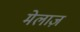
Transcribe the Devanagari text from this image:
मेलाज़